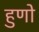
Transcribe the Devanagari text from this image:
हुणो